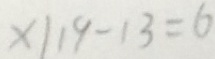
x \vert 1 9 - 1 3 = 6